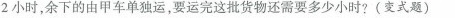
2小时，余下的由甲车单独运，要运完这批货物还需要多少小时?(变式题)